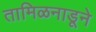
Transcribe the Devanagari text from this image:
तामिळनाडूने